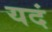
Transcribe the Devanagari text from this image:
यदं